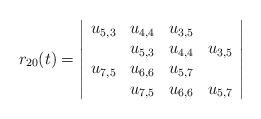
LaTeX: \begin{align*} r_{20}(t)=\left|\begin{array}{cccc} u_{5,3} & u_{4,4} & u_{3,5} & \\ & u_{5,3} & u_{4,4} & u_{3,5} \\ u_{7,5} & u_{6,6} & u_{5,7} & \\ & u_{7,5} & u_{6,6} & u_{5,7}\end{array}\right|\end{align*}